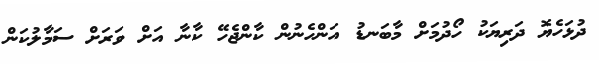
ދުޅަހެޔޮ ދަރިޔަކު ހޯދުމަށް މާބަނޑު އަންހެނުން ކާންޖެހޭ ކާނާ އަށް ވަރަށް ސަމާލުކަން